Report of the Municipal Commissioner on the plague in Bombay for the year ending 31st May... - Volume 3
Disease focus: Plague
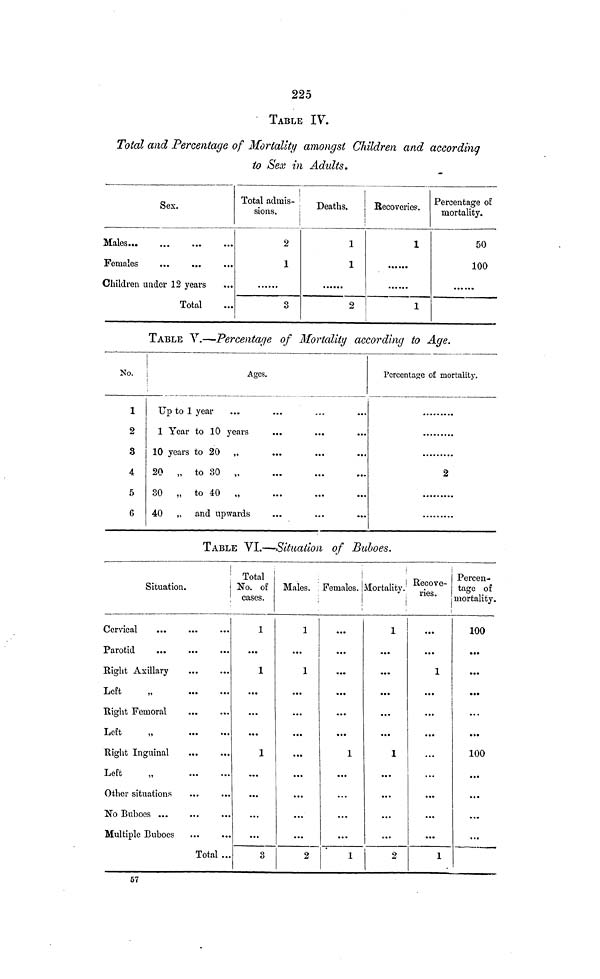
225
TABLE IV.
Total and Percentage of Mortality amongst Children and according
to Sex in Adults.
Sex.
Females
Children under 12 years
Total
Total admis-
sions.
2
1
3
Deaths,
1
1
2
Recoveries.
1
1
Percentage of
mortality.
50
100
TABLE Y.—Percentage of Mortality according to Age.
No.
1
2
3
4
5
G
Ages.
Up to 1 year
1 Year to 10 years
10 years to 20 „
20 „ to 30 „
30 „ to 40 „
40 ,. and upwards
Percentage of mortality.
2
TABLE VI.—Situation of Buboes.
Situation.
Cervical
Right Axillary
Left
„
Right Femoral
Left
„
Right Inguinal
Left
„
Other situations
No Buboes ...
Multiple Buboes
Total ..
Total
No. of
cases.
1
1
...
...
...
1
...
...
...
3
Males.
1
...
1
...
...
...
...
...
...
...
...
2
Females.
|
...
...
...
...
...
...
1
...
...
...
...
1
Mortality.
1
...
...
...
...
...
1
• • •
...
...
...
2
Recove-
ries.
Í
...
...
1
...
...
...
...
...
...
...
1
Percen-
tage of
mortality.
100
...
...
«••
...
• ••
100
...
...
«...
...
57